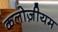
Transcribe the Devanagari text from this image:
कलोज़ीयम